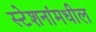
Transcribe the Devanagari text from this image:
स्टेशनांमधील